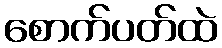
စောက်ပတ်ထဲ